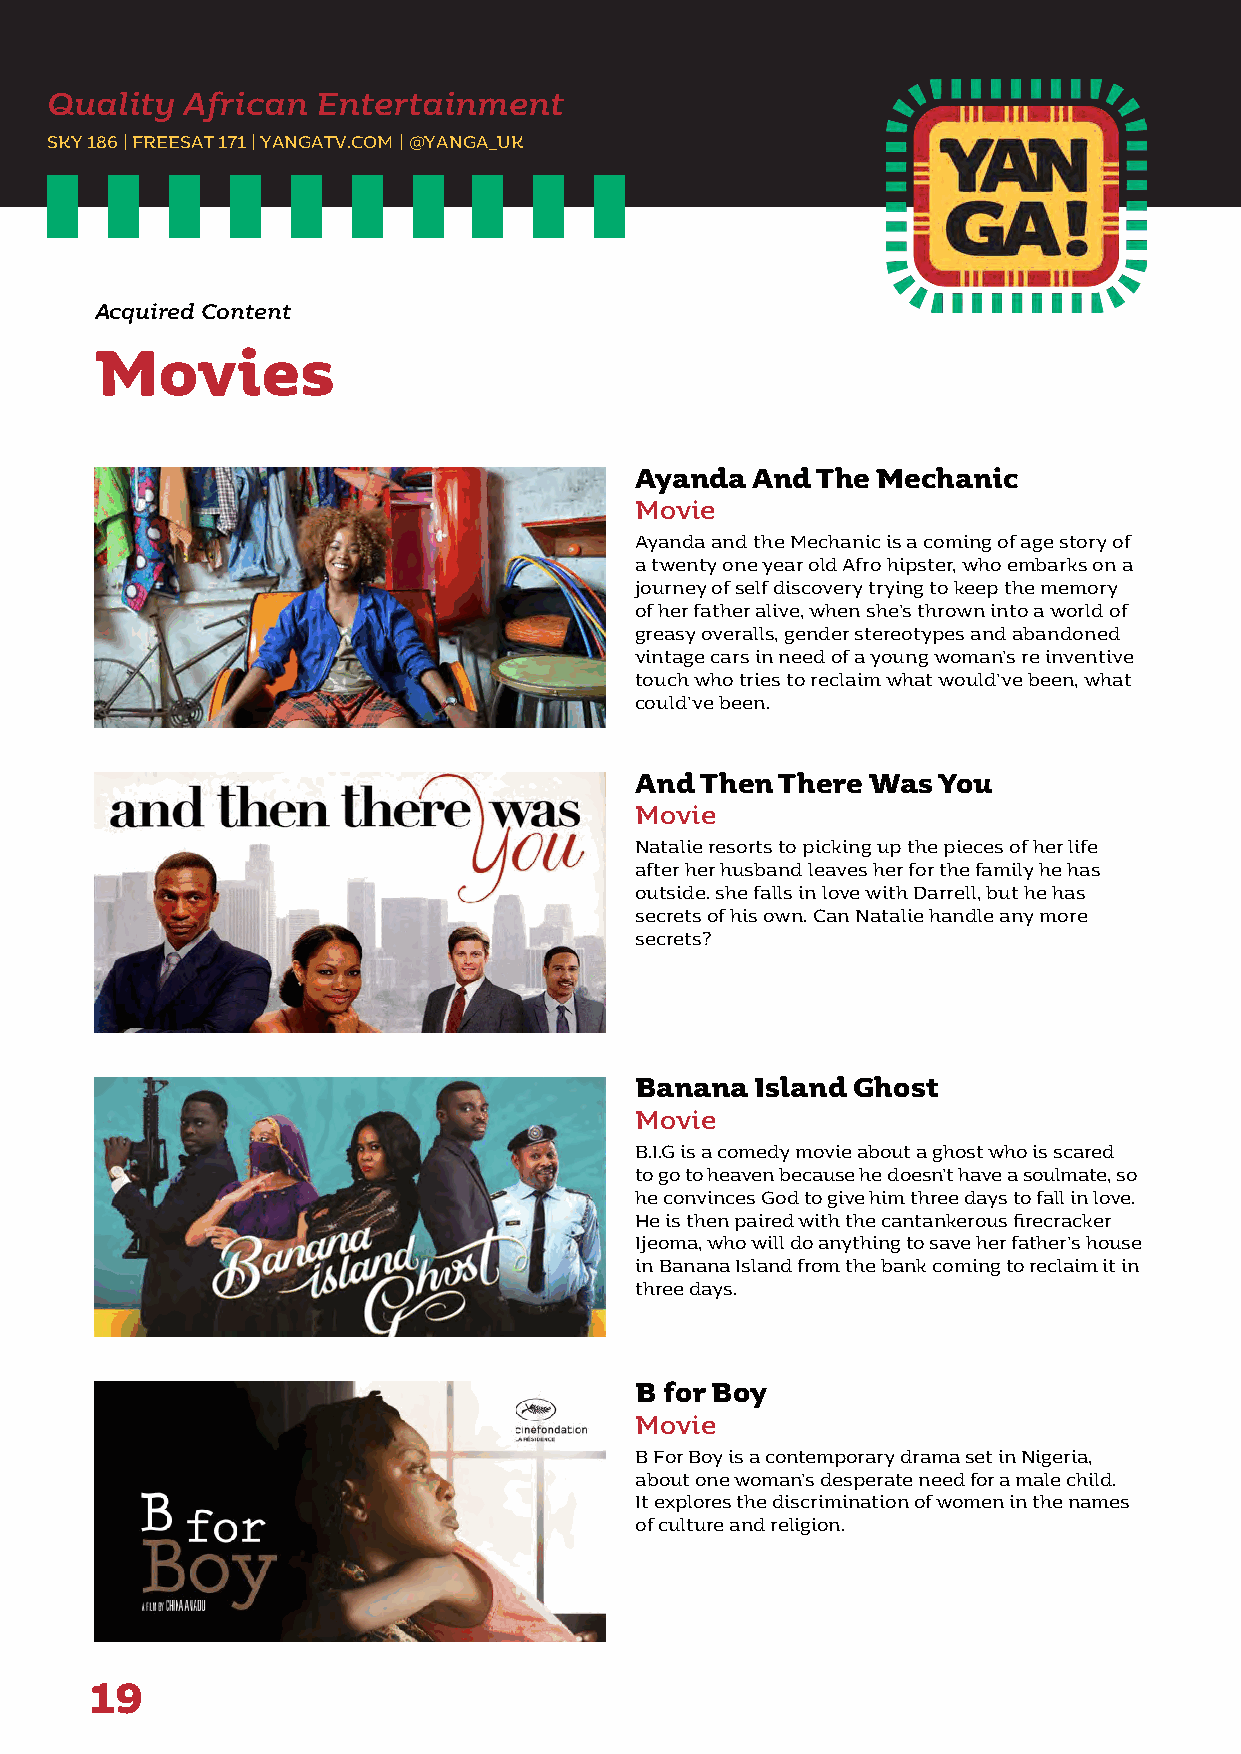
Quality  African  Entertainment
 SKY 186 | FREESAT 171 | YANGATV.COM | @YANGA_UK
 Acquired Content
 Movies
 Ayanda  And The Mechanic
 Movie
 Ayanda and the Mechanic is a coming of age story of
 a twenty one year old Afro hipster, who embarks on a
 journey of self discovery trying to keep the memory
 of her father alive, when she’s thrown into a world of
 greasy overalls, gender stereotypes and abandoned
 vintage cars in need of a young woman’s re inventive
 touch who tries to reclaim what would’ve been, what
 could’ve been.
 And Then  There Was You
 Movie
 Natalie resorts to picking up the pieces of her life
 after her husband leaves her for the family he has
 outside. she falls in love with Darrell, but he has
 secrets of his own. Can Natalie handle any more
 secrets?
 Banana  Island Ghost
 Movie
 B.I.G is a comedy movie about a ghost who is scared
 to go to heaven because he doesn’t have a soulmate, so
 he convinces God to give him three days to fall in love.
 He is then paired with the cantankerous firecracker
 Ijeoma, who will do anything to save her father’s house
 in Banana Island from the bank coming to reclaim it in
 three days.
 B for Boy
 Movie
 B For Boy is a contemporary drama set in Nigeria,
 about one woman’s desperate need for a male child.
 It explores the discrimination of women in the names
 of culture and religion.
 19